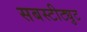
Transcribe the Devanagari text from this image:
सबस्टीट्युट